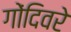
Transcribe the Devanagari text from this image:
गोंदिवरे